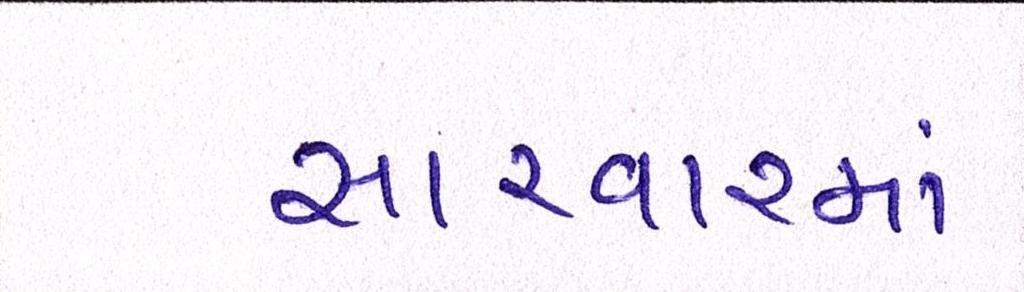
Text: સારવારમાં